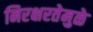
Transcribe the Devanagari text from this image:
निरक्षरतेमुळे